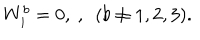
W _ { i } ^ { b } = 0 , \ , \ \ ( b \ne 1 , 2 , 3 ) .